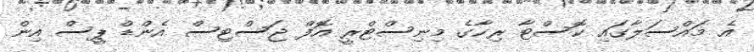
އެ މައްސަލާގައި ކޮސްޓާ ރިކާގެ މިނިސްޓްރީ އޮފް ޖަސްޓިސް އެންޑް ޕީސް އިން